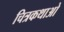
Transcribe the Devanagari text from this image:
चित्रकथाओ